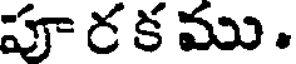
పూ ర క ము .